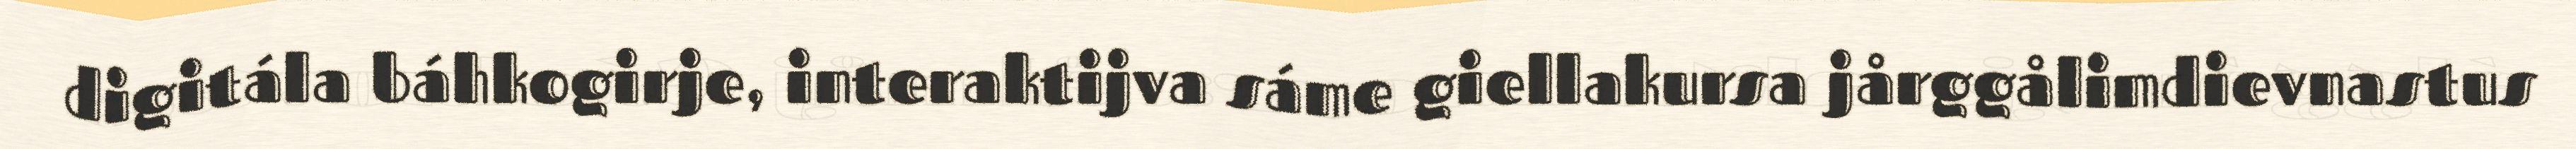
digitála báhkogirje, interaktijva sáme giellakursa jårggålimdievnastus